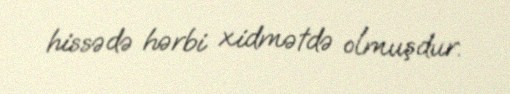
hissədə hərbi xidmətdə olmuşdur.